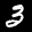
Label: 3